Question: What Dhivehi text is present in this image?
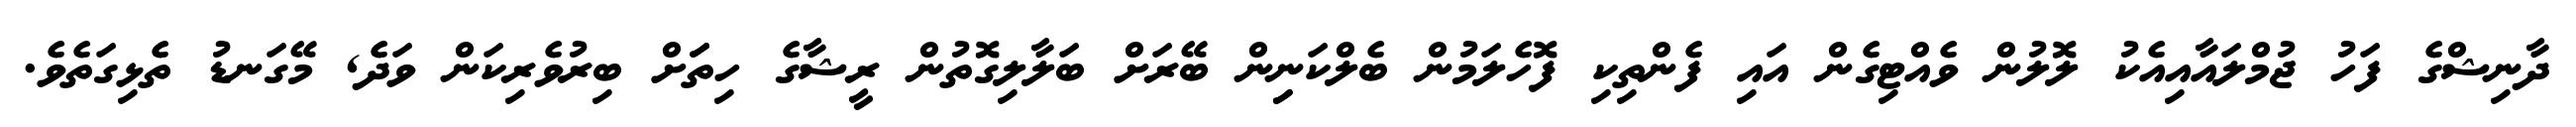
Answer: ދާނިޝްގެ ފަހު ޖުމްލައާއިއެކު ލޮލުން ވެއްޓިގެން އައި ފެންތިކި ފޮހެލަމުން ބެލްކަނިިން ބޭރަށް ބަލާލިގޮތުން ރީޝާގެ ހިތަަށް ބިރުވެރިކަން ވަދެ, މޭގަނޑު ތެޅިގަތެވެ.